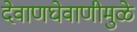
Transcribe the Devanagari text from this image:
देवाणघेवाणीमुळे